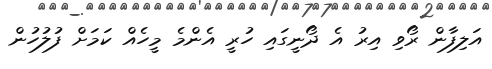
އަލިފާން ރޯވި އިރު އެ ދޯނީގައި ހުރީ އެންމެ މީހެއް ކަމަށް ފުލުހުން